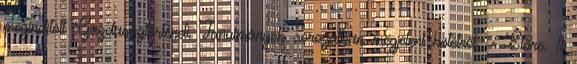
megindított Gazdaságtörténeti Tanulmányok sorozatban megjelent kötetről. = Előre. 11